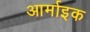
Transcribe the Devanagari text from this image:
आर्माइक